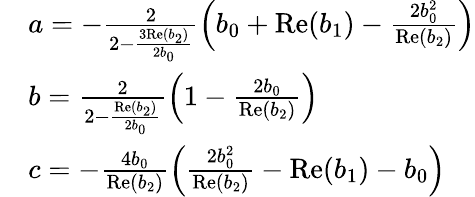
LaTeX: \begin{array}{rl}&{a=-\frac{2}{2-\frac{3\mathrm{Re}(b_{2})}{2b_{0}}}\left(b_{0}+\mathrm{Re}(b_{1})-\frac{2b_{0}^{2}}{\mathrm{Re}(b_{2})}\right)}\\ &{b=\frac{2}{2-\frac{\mathrm{Re}(b_{2})}{2b_{0}}}\left(1-\frac{2b_{0}}{\mathrm{Re}(b_{2})}\right)}\\ &{c=-\frac{4b_{0}}{\mathrm{Re}(b_{2})}\left(\frac{2b_{0}^{2}}{\mathrm{Re}(b_{2})}-\mathrm{Re}(b_{1})-b_{0}\right)}\end{array}